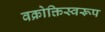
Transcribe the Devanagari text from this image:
वक्रोक्तिस्वरूप